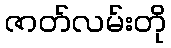
ဇာတ်လမ်းတို